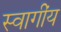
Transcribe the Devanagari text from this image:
स्वागींय